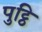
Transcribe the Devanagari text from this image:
पुट्ठि